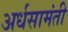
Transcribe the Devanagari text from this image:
अर्धसामंती